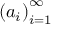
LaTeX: \left( a _ { i } \right) _ { i = 1 } ^ { \infty }